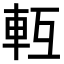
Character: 𨋆